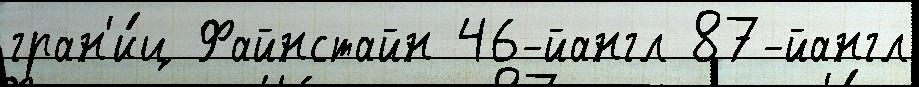
гран'и́ц Файнстайн 46-йангл 87-йангл